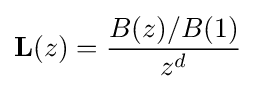
\mathbf {L} (z)={\frac {B(z)/B(1)}{z^{d}}}